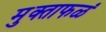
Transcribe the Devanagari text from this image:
मुक्ताफळं